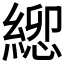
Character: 𮈯